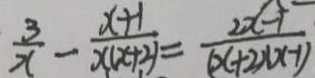
\frac { 3 } { x } - \frac { x + 1 } { x ( x + 2 ) } = \frac { 2 x - 1 } { ( x + 2 ) ( x - 1 ) }